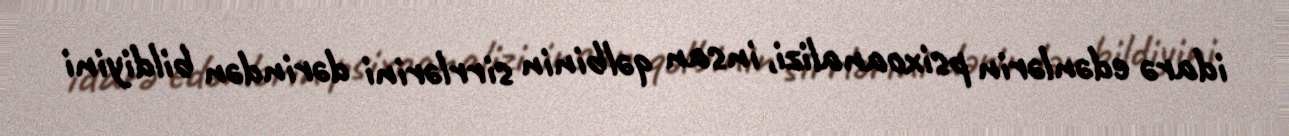
idarə edənlərin psixoanalizi, insan qəlbinin sirrlərini dərindən bildiyini